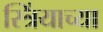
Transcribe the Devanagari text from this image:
स्त्रिंयाच्या